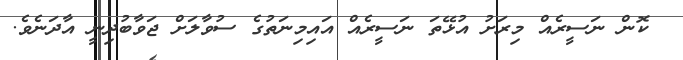
ކޮން ނަސީރެއް މިރަށު އުޅޭތަ ނަސީރެއް އައިމިނަތުގެ ސުވާލަށް ޖަވާބުދިނީ އާދަނެވެ.